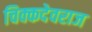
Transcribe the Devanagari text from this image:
चिक्कदेवराज